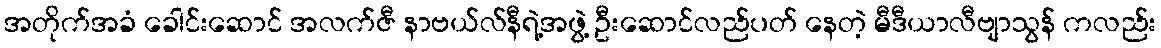
အတိုက်အခံ ခေါင်းဆောင် အလက်ဇီ နာဗယ်လ်နီရဲ့အဖွဲ့ ဦးဆောင်လည်ပတ် နေတဲ့ မီဒီယာလီဗျာသွန် ကလည်း